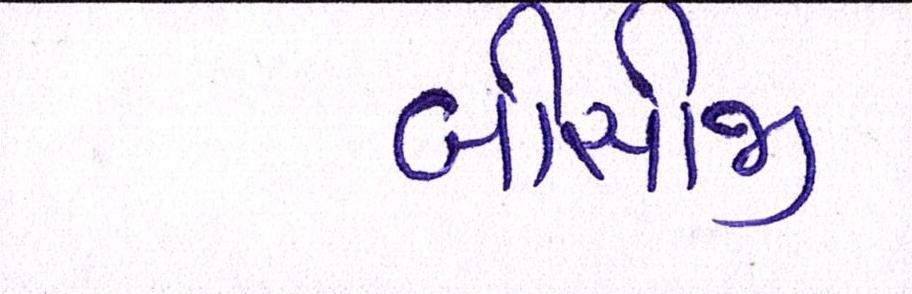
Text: બીસીજી